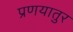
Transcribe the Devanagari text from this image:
प्रणयातुर